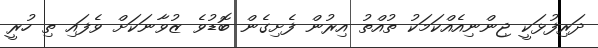
ދަރިފުޅަކީ ޖިންނިއެއްކަމަކު ތުއްތު އިރުން ފެށިގެން ބޮޑުވެ ޒުވާނަކަށް ވެފައި ތި ހުރީ